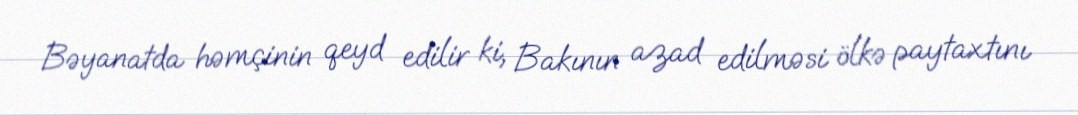
Bəyanatda həmçinin qeyd edilir ki, Bakının azad edilməsi ölkə paytaxtını